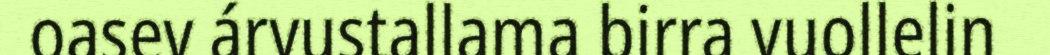
oasev árvustallama birra vuollelin